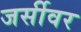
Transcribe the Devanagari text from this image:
जर्सीवर